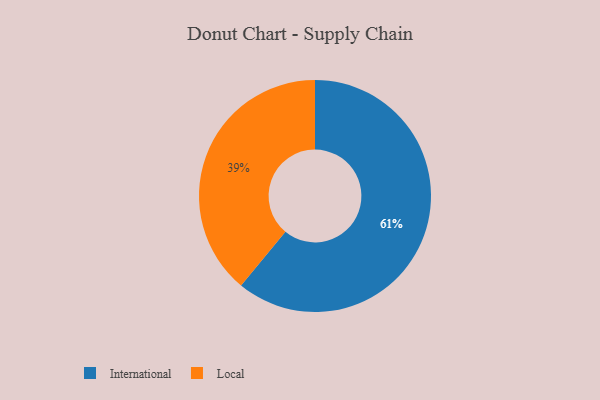
{"axis": {"x": "Category", "y": "Percentage"}, "legend": ["International", "Local"], "data": [{"x": "Local", "y": 39, "type": "Local"}, {"x": "International", "y": 61, "type": "International"}]}